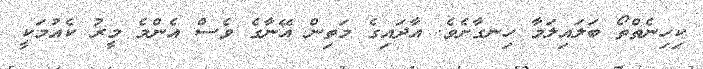
ކިހިނެތްތޯ ބަލައިލަމާ ހިނގާށެވެ. އާދައިގެ މަތިން އޭނާގެ ވެސް އެންމެ މީރު ކެއުމަކީ